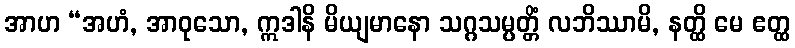
အာဟ “အဟံ, အာဝုသော, ဣဒါနိ မိယျမာနော သဂ္ဂသမ္ပတ္တိံ လဘိဿာမိ, နတ္ထိ မေ ဧတ္ထ